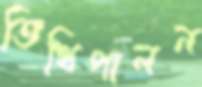
তিথিপালন